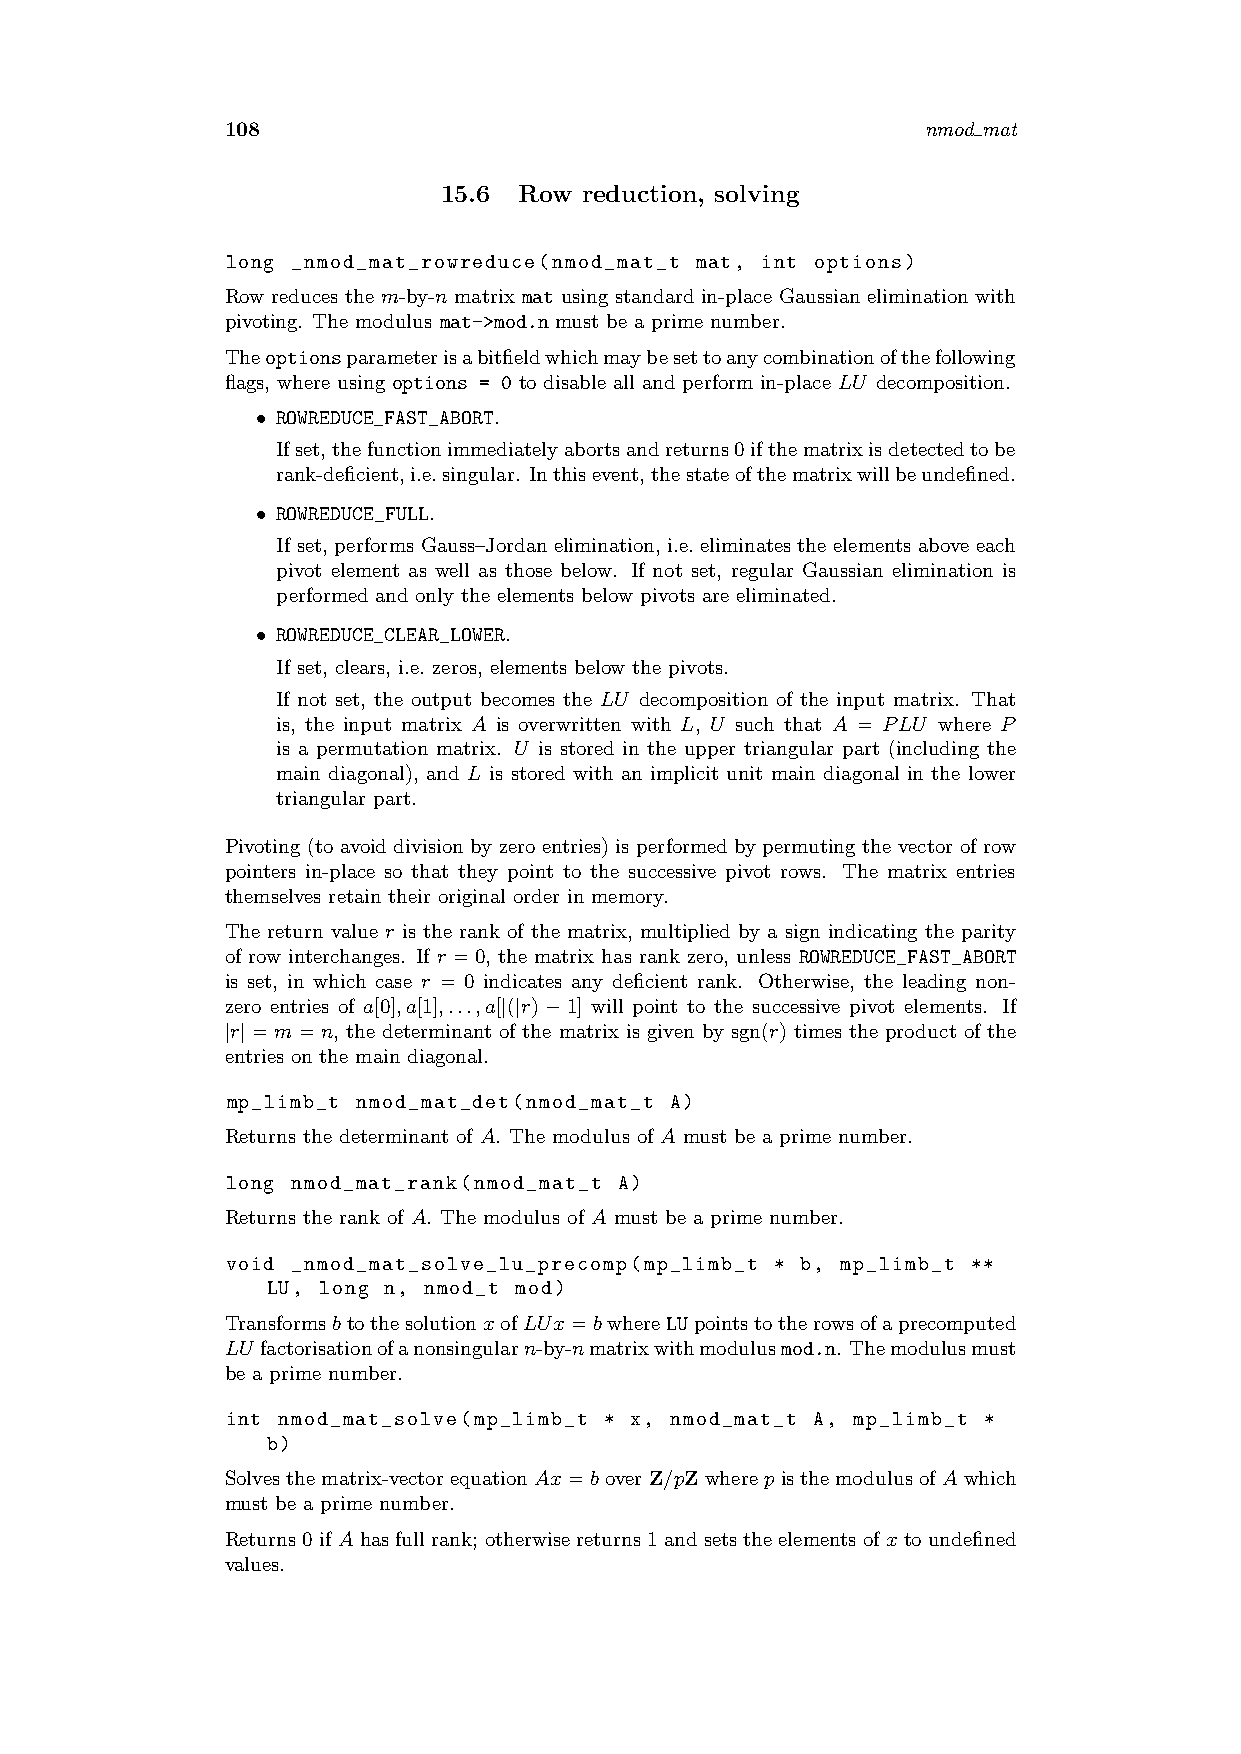
108                                           nmod mat
 15.6 Row  reduction, solving
 long _nmod_mat_rowreduce(nmod_mat_t mat, int options)
 Row reduces the m-by-n matrix mat using standard in-place Gaussian elimination with
 pivoting. The modulus mat->mod.n must be a prime number.
 Theoptionsparameterisabitfieldwhichmaybesettoanycombinationofthefollowing
 flags, where using options = 0 to disable all and perform in-place LU decomposition.
 • ROWREDUCE_FAST_ABORT.
 Ifset,thefunctionimmediatelyabortsandreturns0ifthematrixisdetectedtobe
 rank-deficient,i.e.singular. Inthisevent,thestateofthematrixwillbeundefined.
 • ROWREDUCE_FULL.
 If set, performs Gauss–Jordan elimination, i.e. eliminates the elements above each
 pivot element as well as those below. If not set, regular Gaussian elimination is
 performed and only the elements below pivots are eliminated.
 • ROWREDUCE_CLEAR_LOWER.
 If set, clears, i.e. zeros, elements below the pivots.
 If not set, the output becomes the LU decomposition of the input matrix. That
 is, the input matrix A is overwritten with L, U such that A = PLU where P
 is a permutation matrix. U is stored in the upper triangular part (including the
 main diagonal), and L is stored with an implicit unit main diagonal in the lower
 triangular part.
 Pivoting (to avoid division by zero entries) is performed by permuting the vector of row
 pointers in-place so that they point to the successive pivot rows. The matrix entries
 themselves retain their original order in memory.
 The return value r is the rank of the matrix, multiplied by a sign indicating the parity
 of row interchanges. If r =0, the matrix has rank zero, unless ROWREDUCE_FAST_ABORT
 is set, in which case r = 0 indicates any deficient rank. Otherwise, the leading non-
 zero entries of a[0],a[1],...,a[|(|r)−1] will point to the successive pivot elements. If
 |r|=m=n, the determinant of the matrix is given by sgn(r) times the product of the
 entries on the main diagonal.
 mp_limb_t nmod_mat_det(nmod_mat_t A)
 Returns the determinant of A. The modulus of A must be a prime number.
 long nmod_mat_rank(nmod_mat_t A)
 Returns the rank of A. The modulus of A must be a prime number.
 void _nmod_mat_solve_lu_precomp(mp_limb_t * b, mp_limb_t **
 LU, long n, nmod_t mod)
 TransformsbtothesolutionxofLUx=bwhereLUpointstotherowsofaprecomputed
 LU factorisationofanonsingularn-by-nmatrixwithmodulusmod.n. Themodulusmust
 be a prime number.
 int nmod_mat_solve(mp_limb_t * x, nmod_mat_t A, mp_limb_t *
 b)
 Solvesthematrix-vectorequationAx=boverZ/pZwherepisthemodulusofAwhich
 must be a prime number.
 Returns0ifA hasfullrank; otherwisereturns1andsetstheelementsofx toundefined
 values.